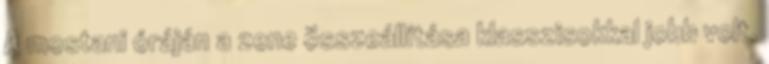
A mostani óráján a zene összeállítása klasszisokkal jobb volt,